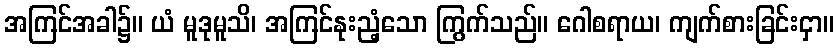
အကြင်အခါ၌။ ယံ မူဒုမူသိ၊ အကြင်နုးညံ့သော ကြွက်သည်။ ဂေါစရာယ၊ ကျက်စားခြင်းငှာ။